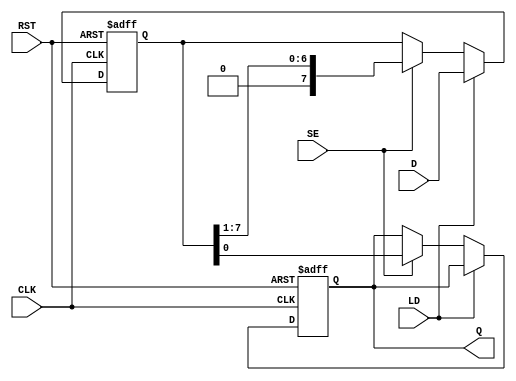
module PISO_Register #(
    parameter WIDTH = 8  // Parameter for the width of the data input
)(
    input wire [WIDTH-1:0] D,   // Parallel data input
    input wire SE,               // Shift Enable
    input wire LD,               // Load
    input wire CLK,              // Clock
    input wire RST,              // Reset
    output reg Q                 // Serial output
);

    reg [WIDTH-1:0] shift_reg;   // Shift register to hold the data

    always @(posedge CLK or posedge RST) begin
        if (RST) begin
            shift_reg <= {WIDTH{1'b0}}; // Clear the shift register
            Q <= 1'b0;                  // Clear the serial output
        end else begin
            if (LD) begin
                shift_reg <= D;         // Load parallel data into the shift register
            end else if (SE) begin
                Q <= shift_reg[0];      // Output the LSB to Q
                shift_reg <= {1'b0, shift_reg[WIDTH-1:1]}; // Shift right
            end
        end
    end

endmodule